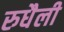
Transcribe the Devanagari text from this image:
रुधैली